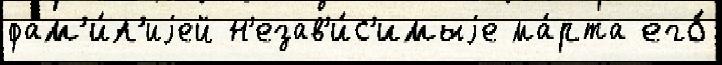
фам'и́л'иjей н'езав'и́с'имыjе ма́рта его́